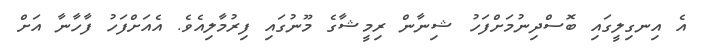
އެ އިނގިލީގައި ބޮސްދިނުމަށްފަހު ޝިނާން ރިމީޝާގެ މޫނުގައި ފިރުމާލިއެވެ. އެއަށްފަހު ފާހާނާ އަށް